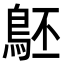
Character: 𪀇